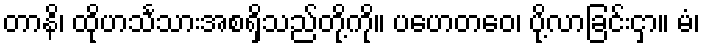
တာနိ၊ ထိုဟင်္သသားအစရှိသည်တို့ကို။ ပဟေတဝေ၊ ပို့လာခြင်းငှာ။ မံ၊